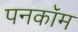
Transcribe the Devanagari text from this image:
पनकॉम